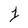
Character: 1